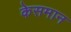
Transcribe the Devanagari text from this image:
केसमान